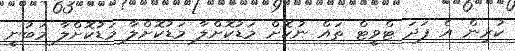
ކުރިން އެ ފަދަ ޓްވީޓް ތައް ނުކޮށް މަޑުކޮށްލާ މަޑުކޮށްލާ މަޑުކޮށްލާ މަބުނީ